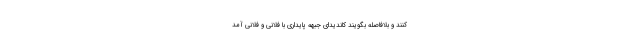
کنند و بلافاصله بگویند کاندیدای جبهه پایداری با فلانی و فلانی آمد